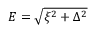
E = \sqrt { \xi ^ { 2 } + \Delta ^ { 2 } }